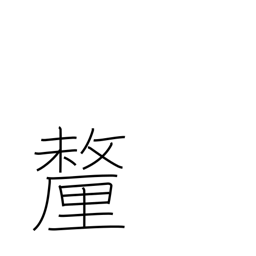
Meaning: tenth of a bu